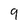
Character: 9